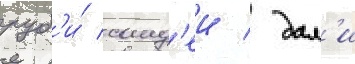
руб'и́ санд'еи / дал'и